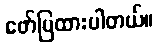
ဖော်ပြထားပါတယ်။